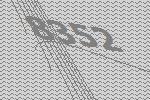
8352